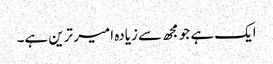
ایک ہے جو مجھ سے زیادہ امیر ترین ہے۔